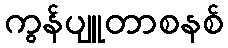
ကွန်ပျူတာစနစ်